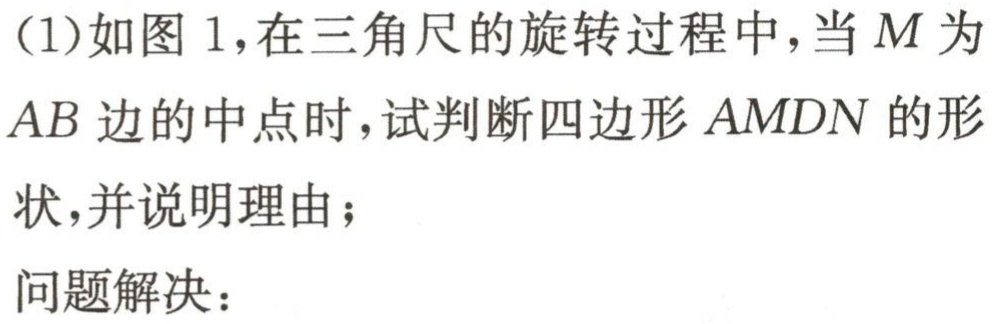
(1)如图1，在三角尺的旋转过程中，当\(M\)为\(AB\)边的中点时，试判断四边形\(AMDN\)的形状，并说明理由；
问题解决：